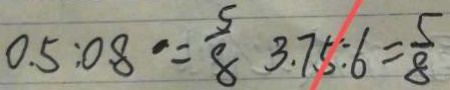
0 . 5 : 0 . 8 = \frac { 5 } { 8 } 3 . 7 5 : 6 = \frac { 5 } { 8 }